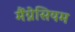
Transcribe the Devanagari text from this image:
मैंग्नेसियम